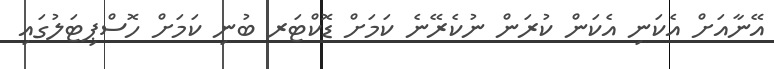
އޭނާއަށް އެކަނި އެކަން ކުރަން ނުކެރޭނެ ކަމަށް ޑޮކްޓަރ ބުނި ކަމަށް ހޮސްޕިޓަލުގައި